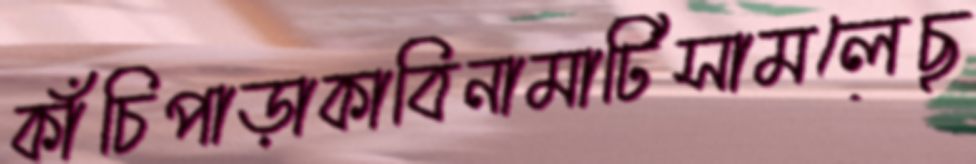
কাঁচিপাড়াকাবিনামাটিসামলেছ